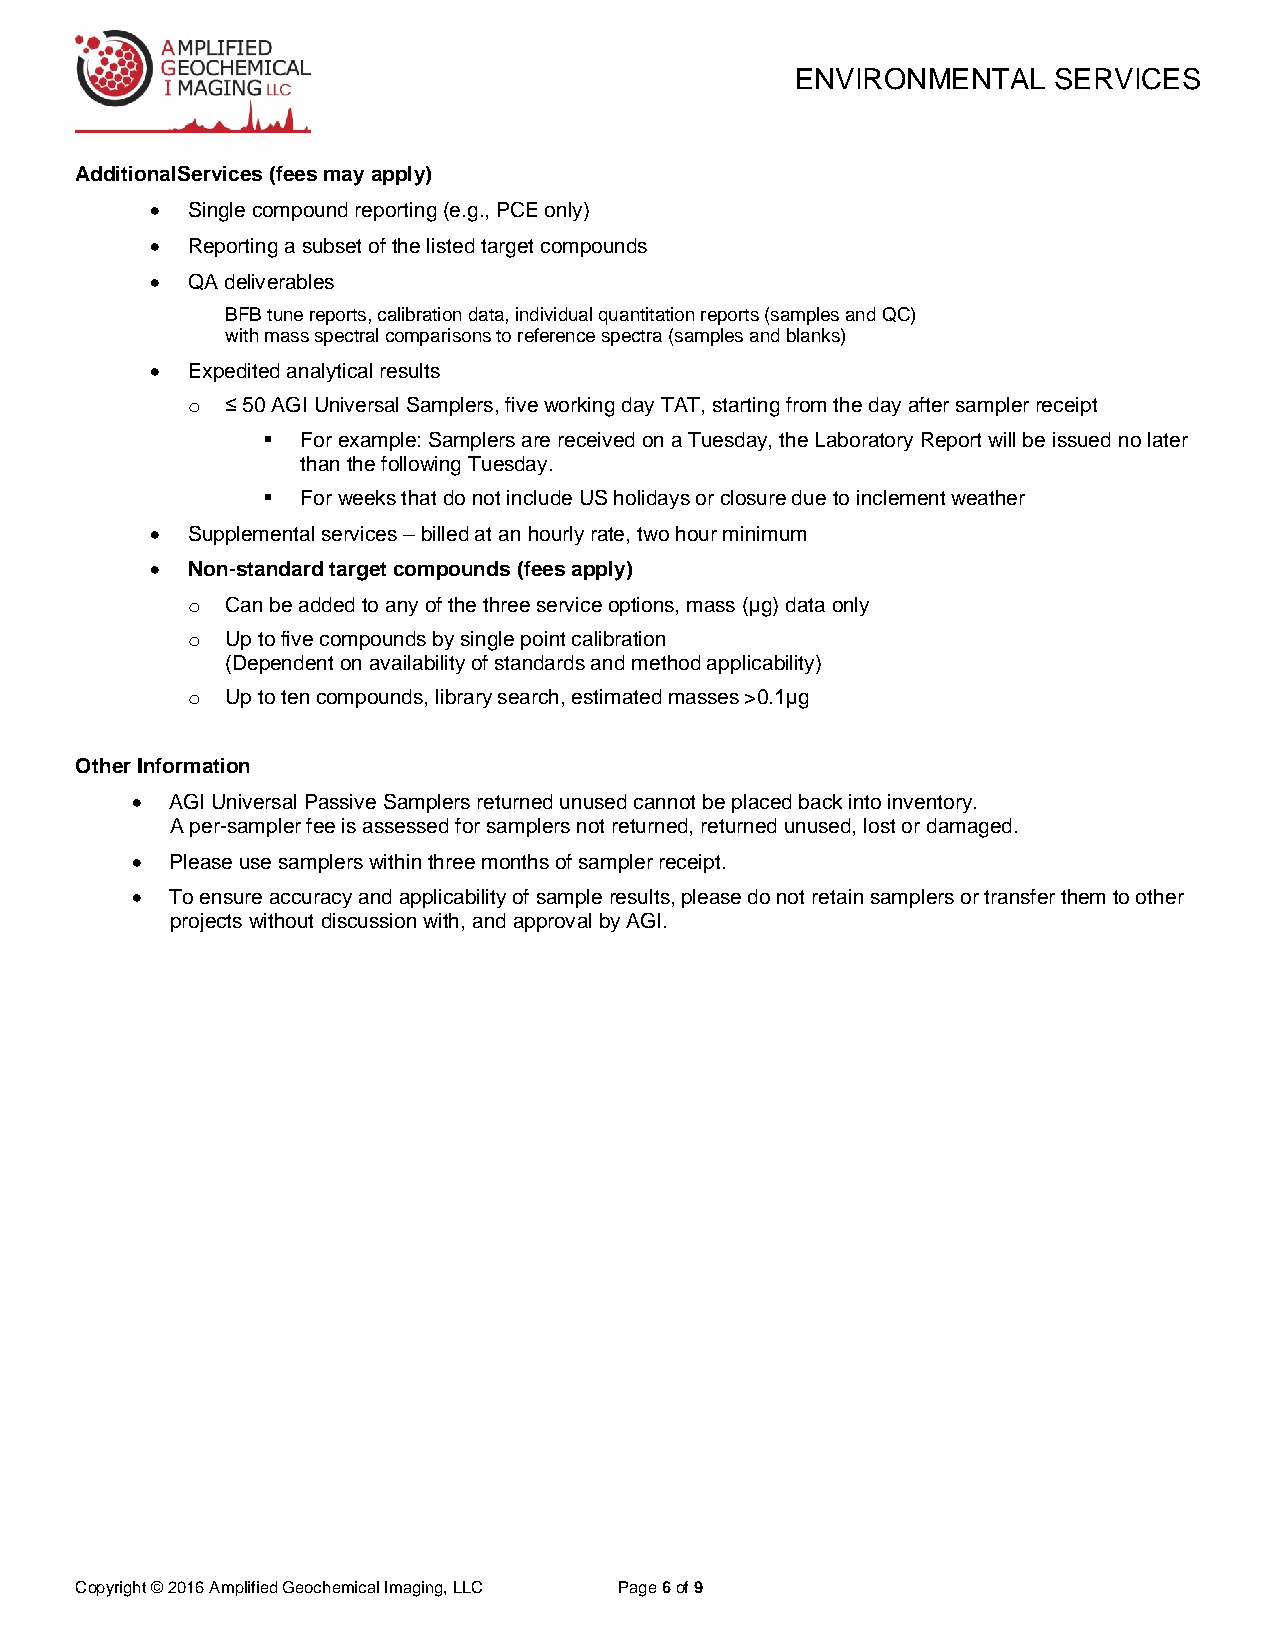
ENVIRONMENTAL    SERVICES
 AdditionalServices (fees may apply)
  Single compound reporting (e.g., PCE only)
  Reporting a subset of the listed target compounds
  QA deliverables
 BFB tune reports, calibration data, individual quantitation reports (samples and QC)
 with mass spectral comparisons to reference spectra (samples and blanks)
  Expedited analytical results
 o  ≤ 50 AGI Universal Samplers, five working day TAT, starting from the day after sampler receipt
   For example: Samplers are received on a Tuesday, the Laboratory Report will be issued no later
 than the following Tuesday.
   For weeks that do not include US holidays or closure due to inclement weather
  Supplemental services – billed at an hourly rate, two hour minimum
  Non-standard target compounds (fees apply)
 o  Can be added to any of the three service options, mass (µg) data only
 o  Up to five compounds by single point calibration
 (Dependent on availability of standards and method applicability)
 o  Up to ten compounds, library search, estimated masses >0.1µg
 Other Information
  AGI Universal Passive Samplers returned unused cannot be placed back into inventory.
 A per-sampler fee is assessed for samplers not returned, returned unused, lost or damaged.
  Please use samplers within three months of sampler receipt.
  To ensure accuracy and applicability of sample results, please do not retain samplers or transfer them to other
 projects without discussion with, and approval by AGI.
 Copyright © 2016 Amplified Geochemical Imaging, LLC Page 6 of 9